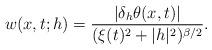
LaTeX: \begin{align*}w(x,t;h) =\frac{|\delta_h\theta(x,t)|}{(\xi(t)^2+|h|^2)^{\beta/2}}.\end{align*}